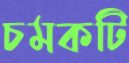
চমকটি